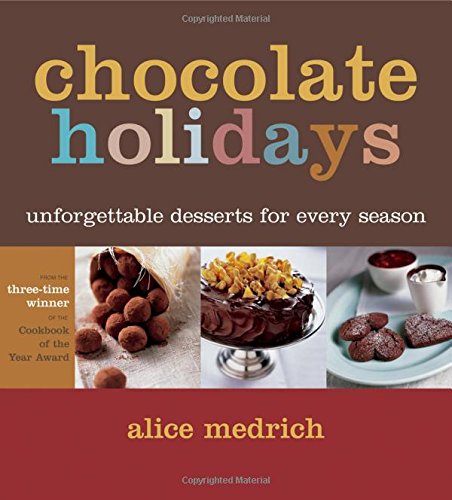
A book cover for Chocolate Holidays: Unforgettable Desserts for Every Season; Alice Medrich; Cookbooks, Food & Wine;